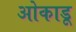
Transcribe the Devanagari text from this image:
ओकाडू